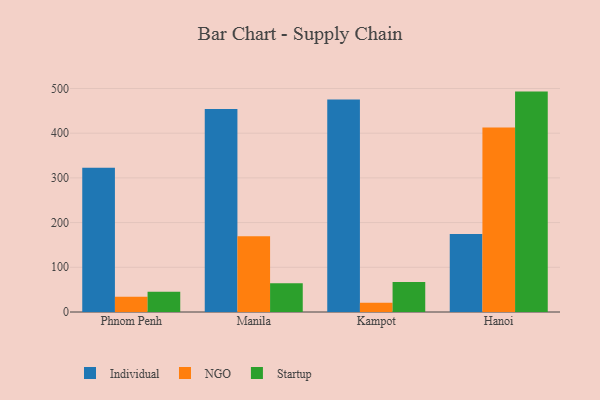
{"axis": {"x": "City", "y": "Energy Usage (MWh)"}, "legend": ["Individual", "NGO", "Startup"], "data": [{"x": "Phnom Penh", "y": 322.8, "type": "Individual"}, {"x": "Phnom Penh", "y": 33.9, "type": "NGO"}, {"x": "Phnom Penh", "y": 45.2, "type": "Startup"}, {"x": "Manila", "y": 453.8, "type": "Individual"}, {"x": "Manila", "y": 169.6, "type": "NGO"}, {"x": "Manila", "y": 64.4, "type": "Startup"}, {"x": "Kampot", "y": 475.1, "type": "Individual"}, {"x": "Kampot", "y": 20.6, "type": "NGO"}, {"x": "Kampot", "y": 67.1, "type": "Startup"}, {"x": "Hanoi", "y": 174.2, "type": "Individual"}, {"x": "Hanoi", "y": 412.8, "type": "NGO"}, {"x": "Hanoi", "y": 493.0, "type": "Startup"}]}